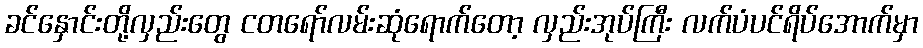
ခင်နှောင်းတို့လှည်းတွေ ငတရော်လမ်းဆုံရောက်တော့ လှည်းအုပ်ကြီး လက်ပံပင်ရိပ်အောက်မှာ